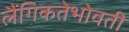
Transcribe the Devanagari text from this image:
लैंगिकतेभोवती